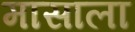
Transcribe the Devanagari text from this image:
मासाला